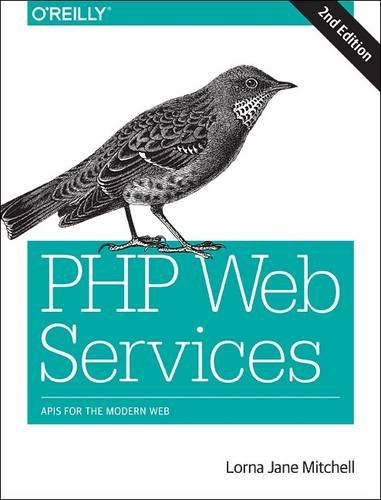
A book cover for PHP Web Services: APIs for the Modern Web; Lorna Jane Mitchell; Computers & Technology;